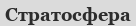
Стратосфера